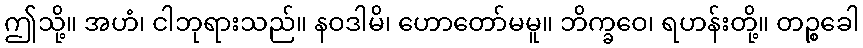
ဤသို့။ အဟံ၊ ငါဘုရားသည်။ နဝဒါမိ၊ ဟောတော်မမူ။ ဘိက္ခဝေ၊ ရဟန်းတို့။ တဉ္စခေါ